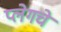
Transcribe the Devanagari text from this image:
प्लेगचे